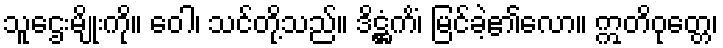
သူဌေးမျိုးကို။ ဝေါ၊ သင်တို့သည်။ ဒိဋ္ဌံကိံ၊ မြင်ခဲ့၏လော။ ဣတိဝုတ္တေ၊